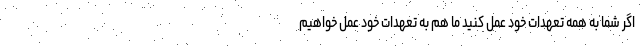
اگر شما به همه تعهدات خود عمل کنید ما هم به تعهدات خود عمل خواهیم